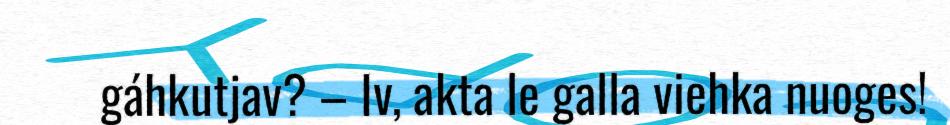
gáhkutjav? – Iv, akta le galla viehka nuoges!